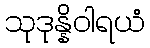
သုဒုန္နိဝါရယံ